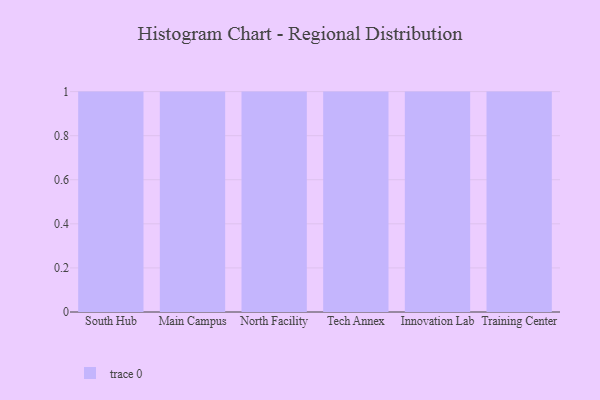
{"axis": {"x": "Campus", "y": "Website Visitors"}, "legend": [""], "data": [{"x": "South Hub", "y": 47, "type": ""}, {"x": "Main Campus", "y": 13, "type": ""}, {"x": "North Facility", "y": 55, "type": ""}, {"x": "Tech Annex", "y": 31, "type": ""}, {"x": "Innovation Lab", "y": 15, "type": ""}, {"x": "Training Center", "y": 63, "type": ""}]}